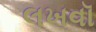
લખવૉ